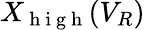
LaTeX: X_{\mathrm{~h~i~g~h~}}(V_{R})